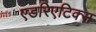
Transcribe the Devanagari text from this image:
एडरिएटिक्स